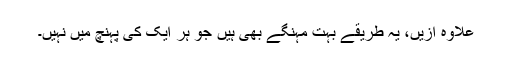
علاوہ ازیں، یہ طریقے بہت مہنگے بھی ہیں جو ہر ایک کی پہنچ میں نہیں۔